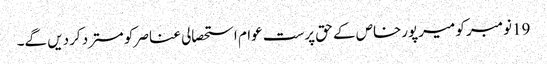
19نومبر کو میرپورخاص کے حق پرست عوام استحصالی عناصر کو مسترد کردیں گے۔